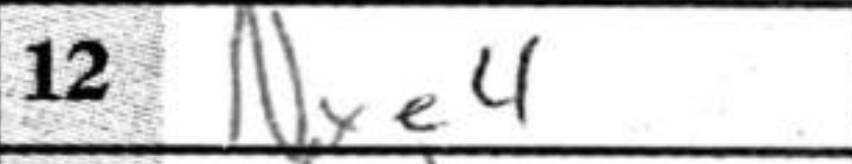
Transcription: Nxe4